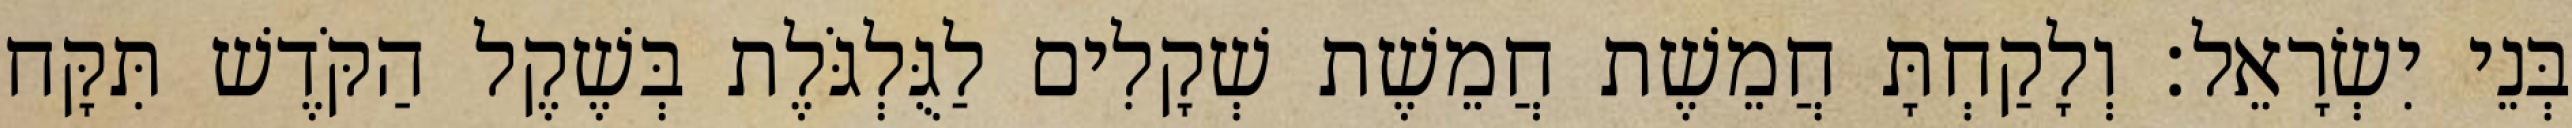
בְּנֵי יִשְׂרָאֵל׃ וְלָקַחְתָּ חֲמֵשֶׁת חֲמֵשֶׁת שְׁקָלִים לַגֻּלְגֹּלֶת בְּשֶׁקֶל הַקֹּדֶשׁ תִּקָּח